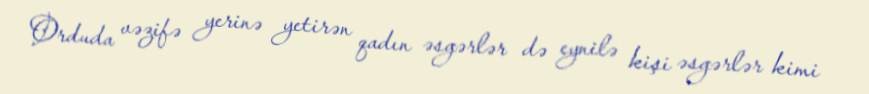
Orduda vəzifə yerinə yetirən qadın əsgərlər də eynilə kişi əsgərlər kimi